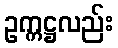
ဥက္ကဋ္ဌလည်း